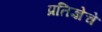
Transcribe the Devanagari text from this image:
प्रतिज्ञेचे